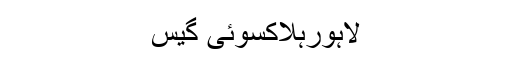
لاہورہلاکسوئی گیس